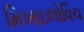
મિખાઇલોવિચ